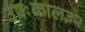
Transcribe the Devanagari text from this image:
उषःकाल३२